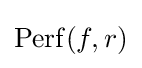
\operatorname {Perf} (f,r)